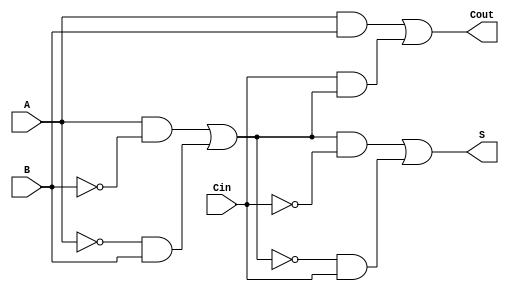
module TransmissionGateFullAdder (
    input wire A,      // First input bit
    input wire B,      // Second input bit
    input wire Cin,    // Carry-in bit
    output wire S,     // Sum output
    output wire Cout   // Carry-out output
);

// Intermediate signals
wire AB;            // A AND B
wire A_xor_B;      // A XOR B
wire Cin_and_A_xor_B; // Cin AND (A XOR B)

// Transmission Gate for A XOR B
assign A_xor_B = (A & ~B) | (~A & B);

// Transmission Gates for Sum (S)
assign S = (A_xor_B & ~Cin) | (~A_xor_B & Cin);

// Transmission Gate for A AND B
assign AB = A & B;

// Transmission Gate for Cin AND (A XOR B)
assign Cin_and_A_xor_B = Cin & A_xor_B;

// Carry-out (Cout) calculation
assign Cout = AB | Cin_and_A_xor_B;

endmodule